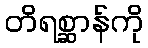
တိရစ္ဆာန်ကို